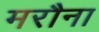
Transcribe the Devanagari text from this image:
मरौना